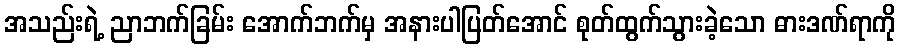
အသည်းရဲ့ ညာဘက်ခြမ်း အောက်ဘက်မှ အနားပါပြတ်အောင် စုတ်ထွက်သွားခဲ့သော ဓားဒဏ်ရာကို